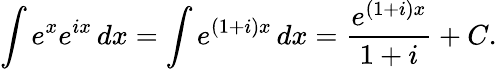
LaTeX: \int e^{x}e^{ix}\, dx=\int e^{(1+i)x}\, dx={\frac{e^{(1+i)x}}{1+i}}+C.